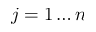
j = 1 \ldots n